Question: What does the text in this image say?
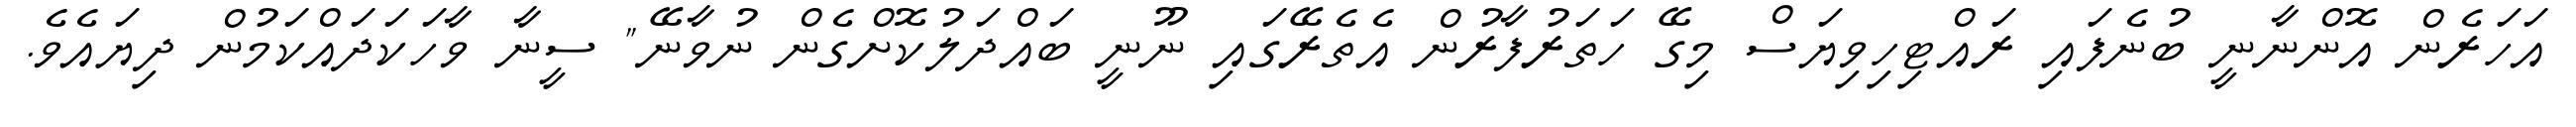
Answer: އަހަރެން އޮންނާނީ ބުނެފައި ރައްޓިހިވިޔަސް މިގޭ ހަތަރުފާރުން އެތެރޭގައި ނޫނީ ބައްދަލުކޮށްގެން ނުވާނޭ" ސީނާ ވާހަކަދައްކަމުން ދިޔައެވެ.